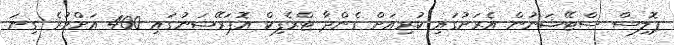
ޕޮލިސް ސްޓޭޝަނުން އެރަށުގައި ކުރިއަށް ގެންދާ ޓްރެފިކް އޮޕަރޭޝަނުގައި 400 އަށްވުރެ ގިނަ